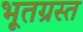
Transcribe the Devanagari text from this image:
भूतग्रस्त